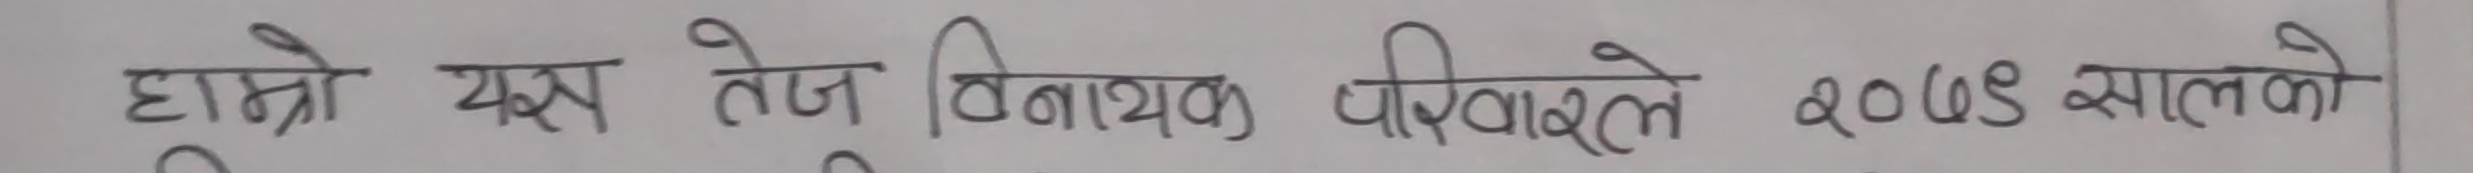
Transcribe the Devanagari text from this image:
हाम्रो यस तेज विनायक परिवारले २०७९ सालको